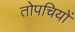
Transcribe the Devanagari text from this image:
तोपचियों